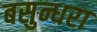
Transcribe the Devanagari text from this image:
बसुन्धरा